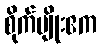
စိုက်ပျိုးဧက